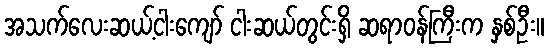
အသက်လေးဆယ့်ငါးကျော် ငါးဆယ်တွင်းရှိ ဆရာဝန်ကြီးက နှစ်ဦး။